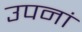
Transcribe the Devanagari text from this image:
उपनां